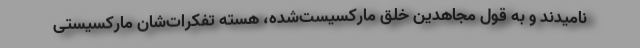
‌نامیدند و به قول مجاهدین خلق ماركسیست‌شده، هسته تفكرات‌شان ماركسیستی